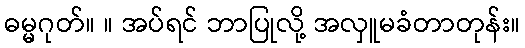
ဓမ္မဂုတ်။ ။ အပ်ရင် ဘာပြုလို့ အလှူမခံတာတုန်း။